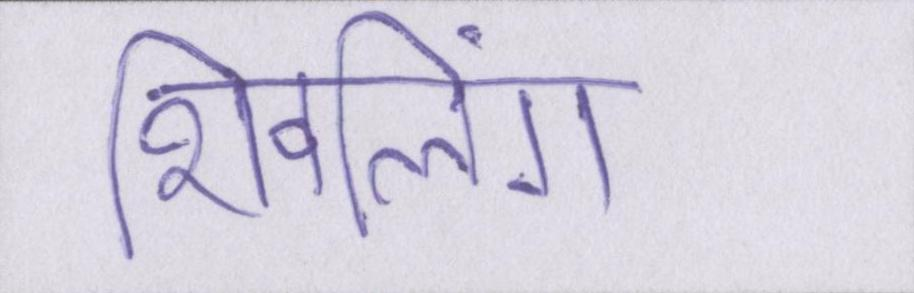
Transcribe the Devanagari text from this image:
शिवलिंग